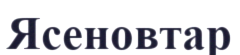
Ясеновтар